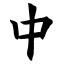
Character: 中